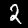
Digit: 2